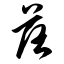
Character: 落